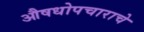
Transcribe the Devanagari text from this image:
औषधोपचाराचे